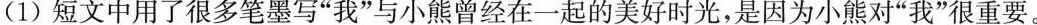
(1)短文中用了很多笔墨写”我”与小熊曾经在一起的美好时光，是因为小熊对”我”很重要。